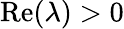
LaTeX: \mathrm{Re}(\lambda)>0